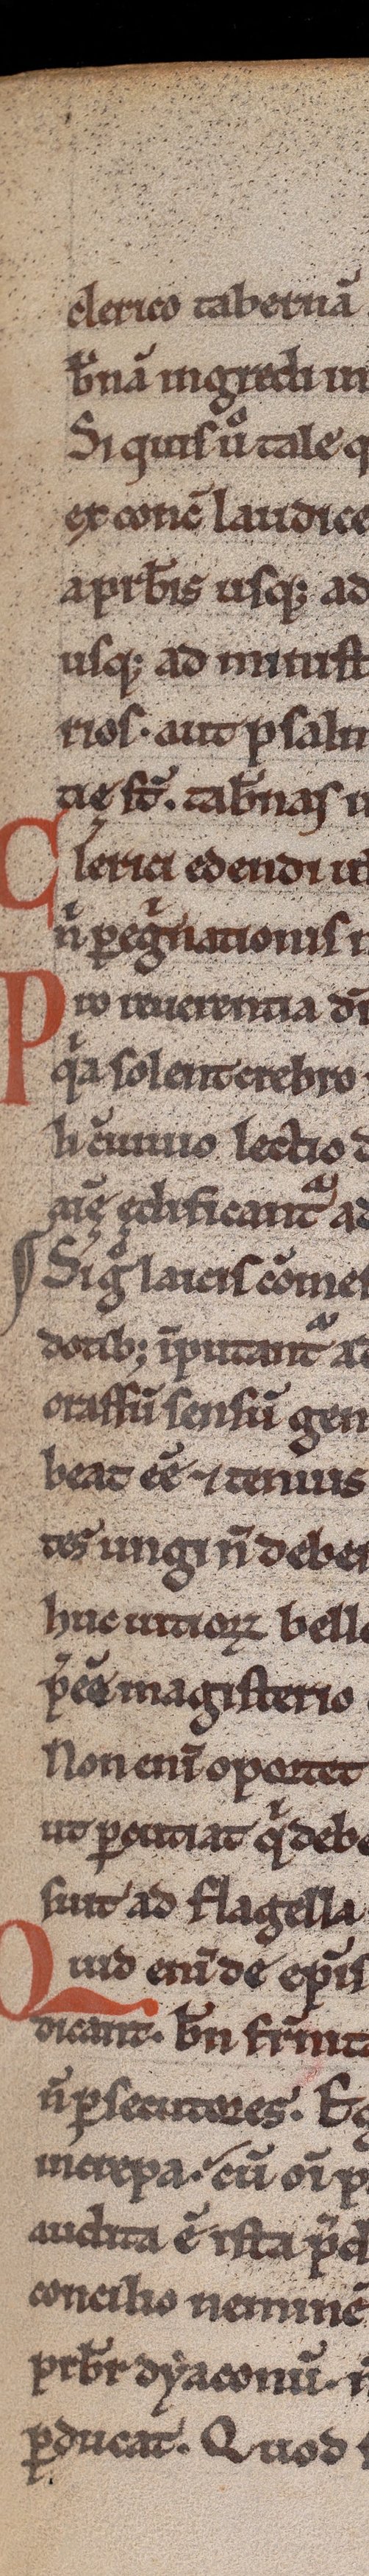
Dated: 1200–1230